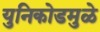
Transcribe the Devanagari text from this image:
युनिकोडमुळे